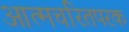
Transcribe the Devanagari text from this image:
आत्मचरितपरक